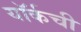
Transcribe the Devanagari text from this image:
यॉर्कची